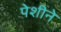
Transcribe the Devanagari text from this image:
पेशीने